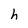
Character: h